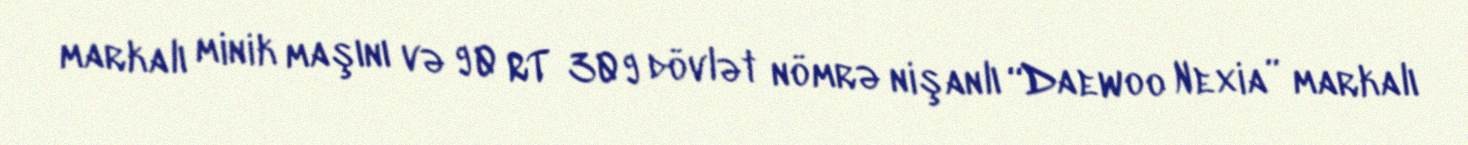
markalı minik maşını və 90 RT 309 dövlət nömrə nişanlı “Daewoo Nexia” markalı